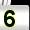
Digit: 5